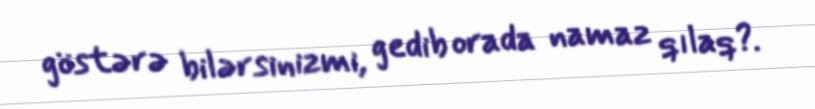
göstərə bilərsinizmi, gedib orada namaz qılaq?.